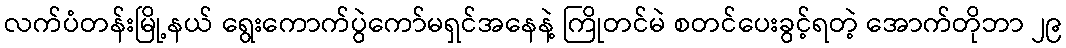
လက်ပံတန်းမြို့နယ် ရွေးကောက်ပွဲကော်မရှင်အနေနဲ့ ကြိုတင်မဲ စတင်ပေးခွင့်ရတဲ့ အောက်တိုဘာ ၂၉